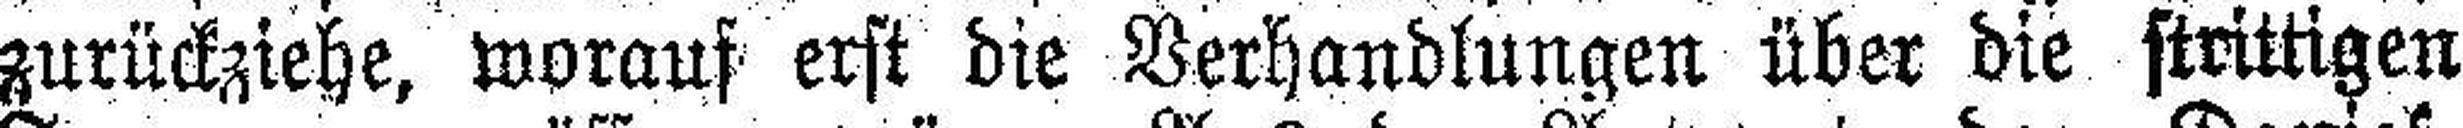
zurückziehe, worauf erst die Verhandlungen über die strittigen